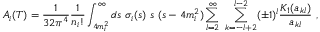
A _ { i } ( T ) = { \frac { 1 } { 3 2 \pi ^ { 4 } } } { \frac { 1 } { n _ { i } ! } } \int _ { 4 m _ { i } ^ { 2 } } ^ { \infty } d s \ \sigma _ { i } ( s ) \ s \ ( s - 4 m _ { i } ^ { 2 } ) \sum _ { l = 2 } ^ { \infty } \ \sum _ { k = - l + 2 } ^ { l - 2 } ( \pm 1 ) ^ { l } { \frac { K _ { 1 } ( a _ { k l } ) } { a _ { k l } } } \ ,